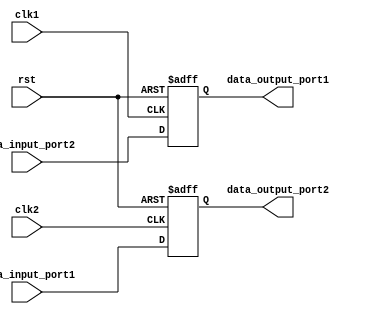
module DualPortBypassRegister (
  input clk1,                    // Clock input for clock domain 1
  input clk2,                    // Clock input for clock domain 2
  input rst,                     // Reset signal
  input [31:0] data_input_port1, // Data input for port 1
  input [31:0] data_input_port2, // Data input for port 2
  output reg [31:0] data_output_port1, // Data output for port 1
  output reg [31:0] data_output_port2 // Data output for port 2
);

reg [31:0] reg_port1;  // Register for data input from port 1
reg [31:0] reg_port2;  // Register for data input from port 2

// Synchronize data input from port 1 to clock domain 2
always @(posedge clk2 or posedge rst) begin
  if (rst) begin
    reg_port1 <= 32'h0;
  end else begin
    reg_port1 <= data_input_port1;
  end
end

// Synchronize data input from port 2 to clock domain 1
always @(posedge clk1 or posedge rst) begin
  if (rst) begin
    reg_port2 <= 32'h0;
  end else begin
    reg_port2 <= data_input_port2;
  end
end

// Output data from register to respective ports
always @* begin
  data_output_port1 = reg_port2;
  data_output_port2 = reg_port1;
end

endmodule